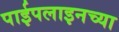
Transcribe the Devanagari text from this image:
पाईपलाइनच्या